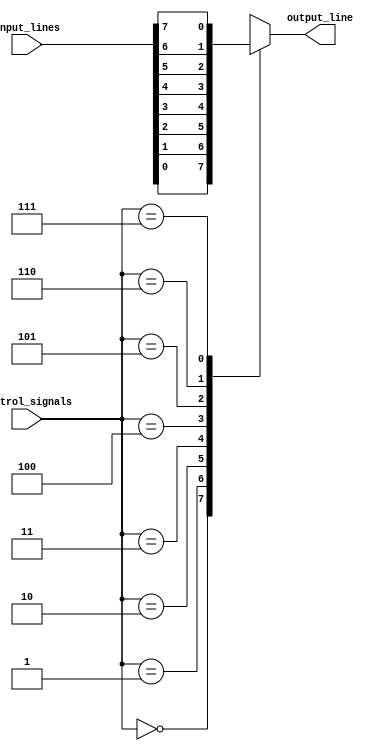
module multiplexer_8to1 (
  input [7:0] input_lines,
  input [2:0] control_signals,
  output reg output_line
);

always @(*)
begin
  case(control_signals)
    3'b000: output_line = input_lines[0];
    3'b001: output_line = input_lines[1];
    3'b010: output_line = input_lines[2];
    3'b011: output_line = input_lines[3];
    3'b100: output_line = input_lines[4];
    3'b101: output_line = input_lines[5];
    3'b110: output_line = input_lines[6];
    3'b111: output_line = input_lines[7];
    default: output_line = 0;
  endcase
end

endmodule